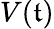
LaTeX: V(\mathfrak{t})